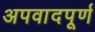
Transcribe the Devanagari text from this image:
अपवादपूर्ण